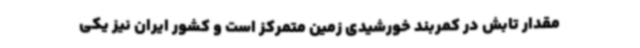
مقدار تابش در کمربند خورشیدی زمین متمرکز است و کشور ایران نیز یکی